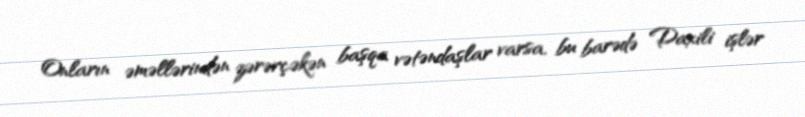
Onların əməllərindən zərərçəkən başqa vətəndaşlar varsa, bu barədə Daxili işlər